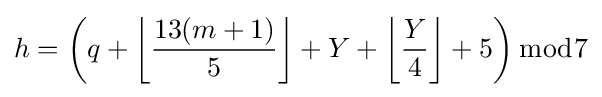
h=\left(q+\left\lfloor {\frac {13(m+1)}{5}}\right\rfloor +Y+\left\lfloor {\frac {Y}{4}}\right\rfloor +5\right){\bmod {7}}